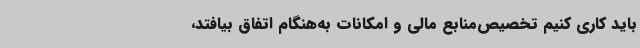
باید کاری کنیم تخصیص‌منابع مالی و امکانات به‌هنگام اتفاق بیافتد،